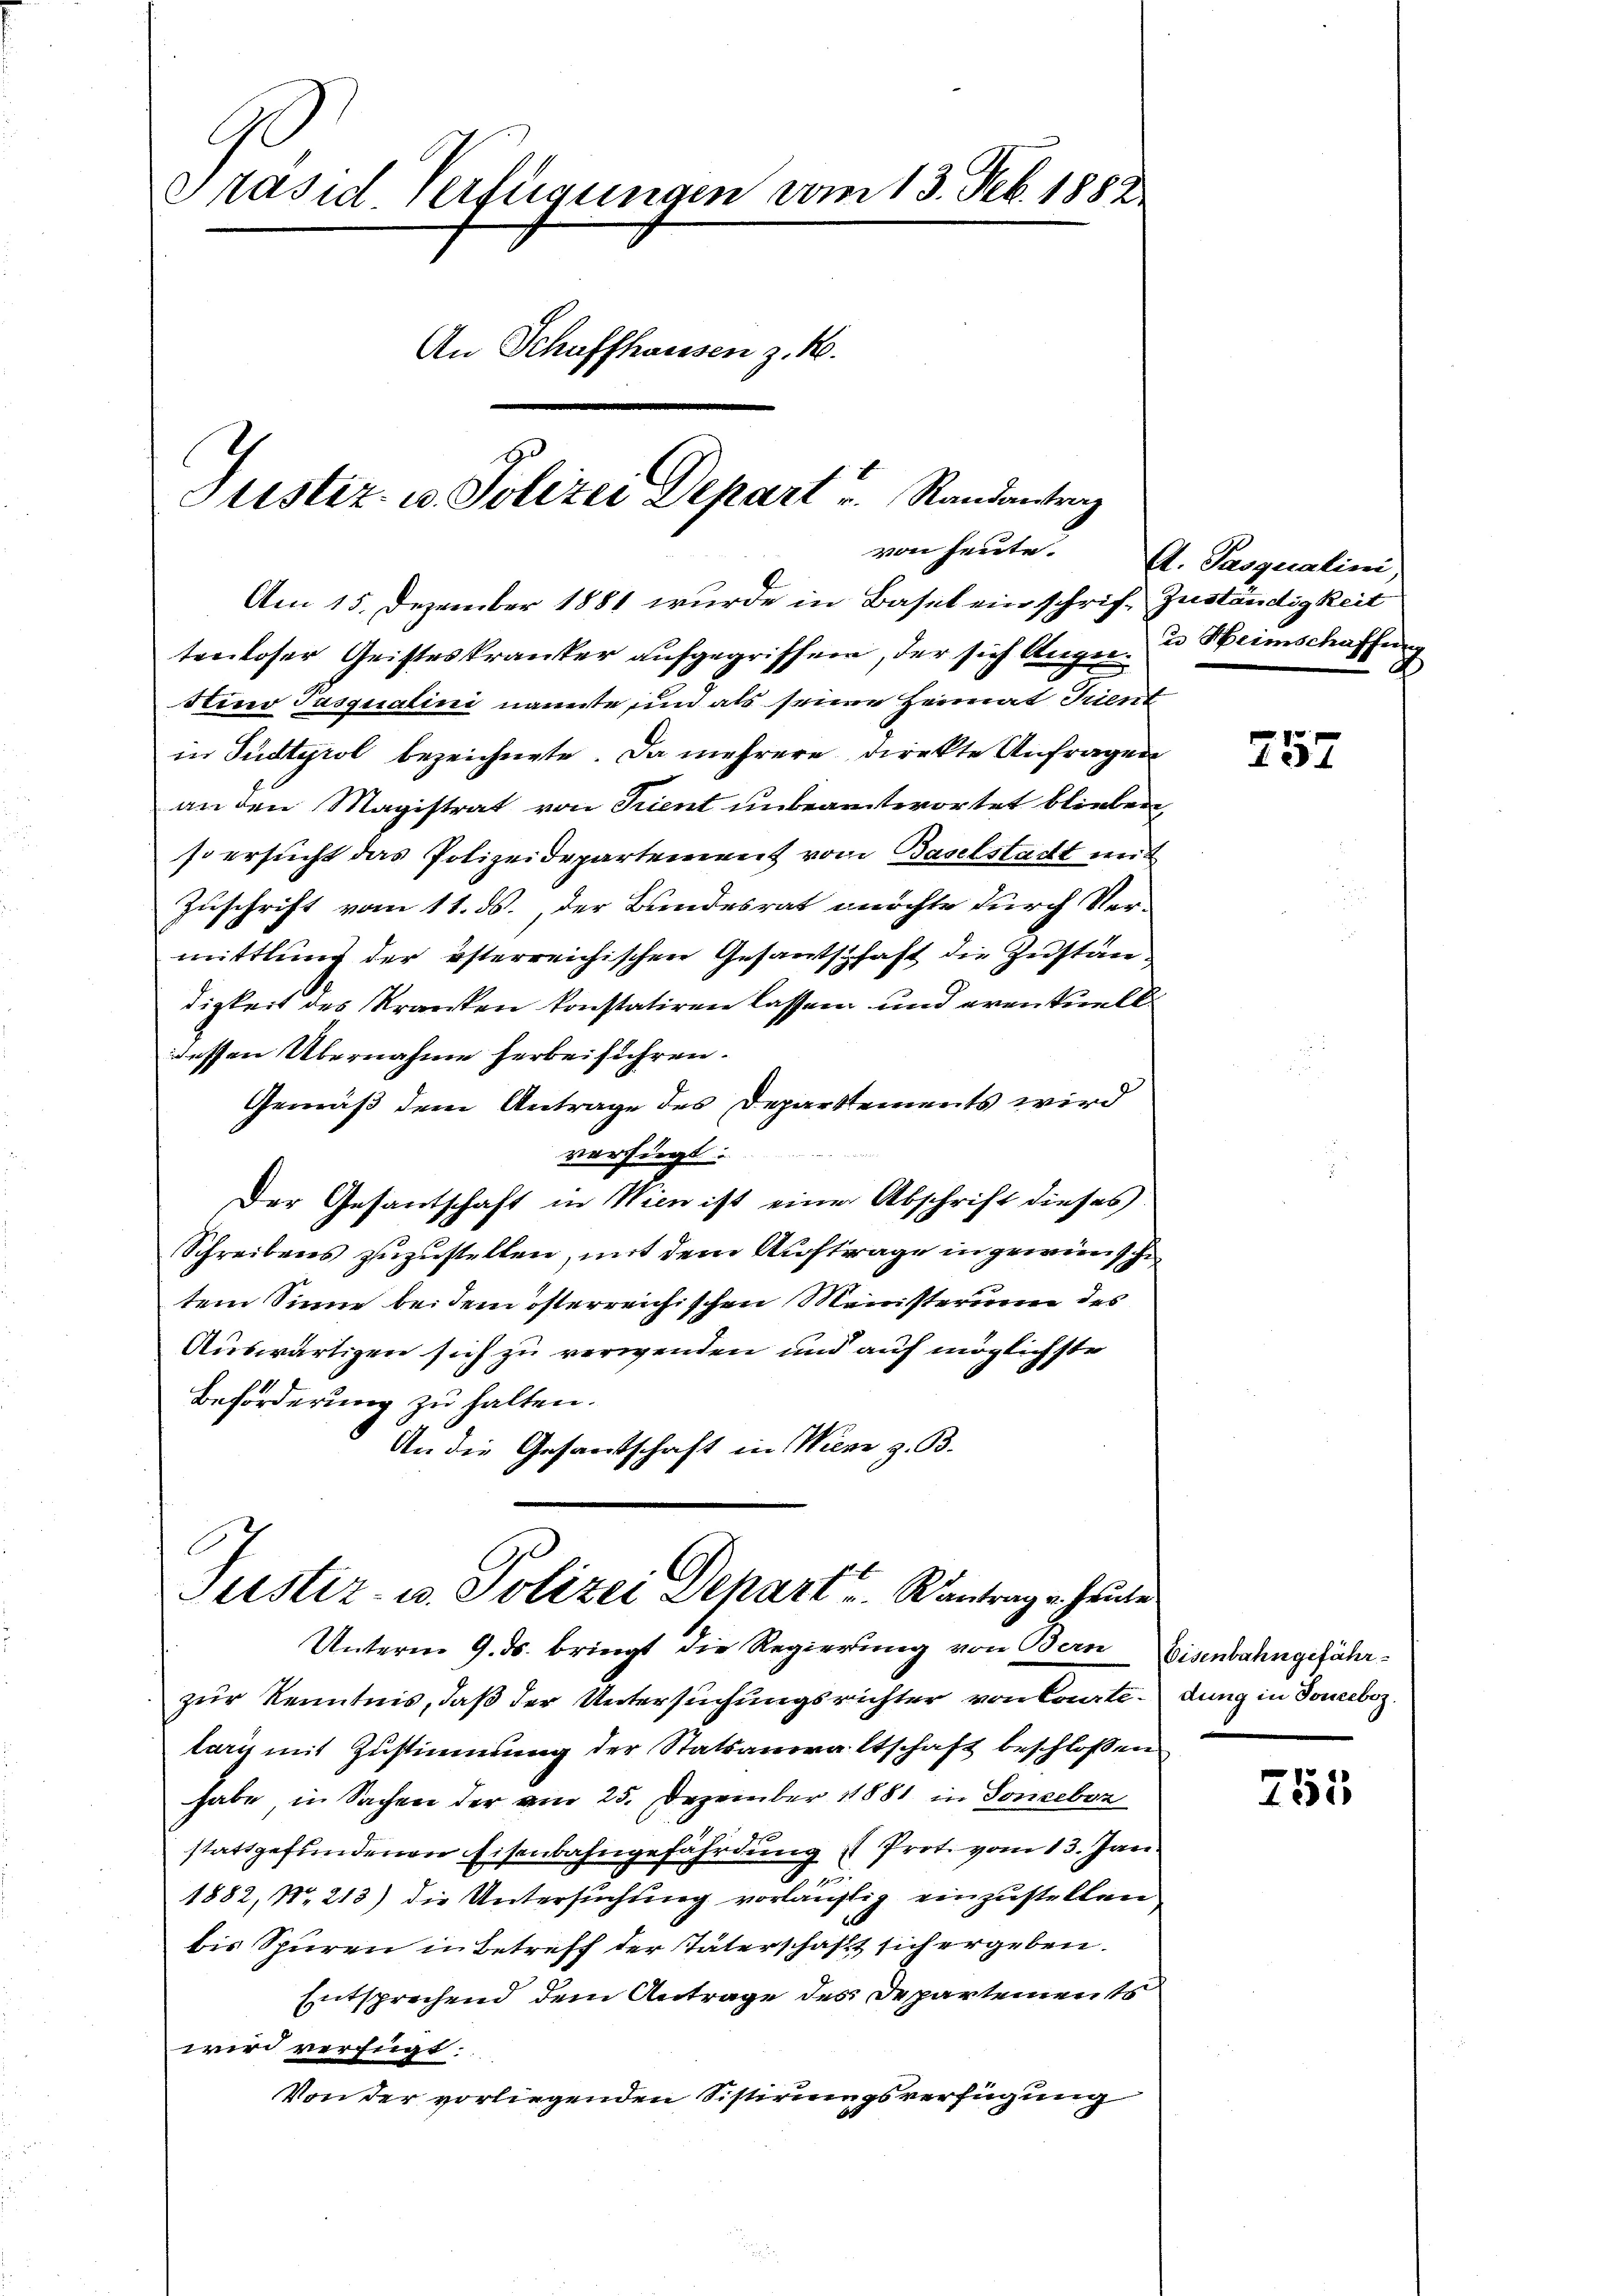
Präsid. Verfügungen vom 13. Feb. 1882
An Schaffhausen z. B.
Justiz- u. Polizei Depart u. Randantrag
von heute.

Am 15. Dezember 1881 wurde in Basel ein schrift Zuständigkeit
tenloser Geisteskranker aufgegriffen, der sich Augen u Heimschaffung
Stino Pasqualini namente und als seine Heimat Trient
in Südtyrol bezeichnete. Da mehrere direkte Anfragen
an den Magistrat von Trient unbeantwortet blieben,
so ersucht das Polizeidepartement vom Baselstadt mit
Zuschrift vom 11. ds., der Bundesrat möchte durch Vermittlung der österreichischen Gesantschaft die Zustandigkeit des Kranken konstatiren lassen und eventuell
dessen Übernahme herbeiführen.
Gemäß dem Antrage des Departements wird
versiegt
Der Gesandtschaft in Wien ist eine Abschrift dieses
Schreibens zuzustellen, mit dem Auftrage in gewünsche
tem Sinne bei dem österreichischen Meinsterung des
Auswärtigen sich zu verwenden und auf möglichste
Beförderung zu halten.
An die Gesandschaft in Wien z. B.

Justiz- u. Polizei Depart u. Kantrag u. heute
Unterm 9. ds. bringt die Regierung von Bern Eisenbahngefähr¬

A. Pasqualini,

zur Kenntnis, daß der Untersuchungsrichter von Courte, dung in Soneboz.
larg mit Zustimmung der Statsanwaltschaft beschlossen
habe, in Sachen der am 25. Dezember 1881 in Sonceboz
stattgefundenen Eisenbahngefährdung u Prot. vom 13. Jan.
g
1882, No 213) die Untersuchung vorläufig einzustellen
bis Spuren in Betreff der Vaterschafft sich ergeben.
Entsprechend dem Antrage des Departements
wird verfügt:
Von der vorliegenden Sistirungsverfügung

257

2555